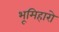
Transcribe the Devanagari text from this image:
भूमिहारो